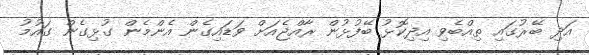
އަދި ބޭރުގައި ތިއްބެވި އިދިކޮޅު ބޭފުޅުން ރާއްޖެއަށް ވަޑައިގެން އެންމެން ގުޅިގެން ގައުމު